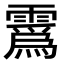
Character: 𫕯